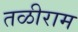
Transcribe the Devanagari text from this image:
तळीराम